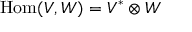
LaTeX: \operatorname { H o m } ( V , W ) = V ^ { * } \otimes W